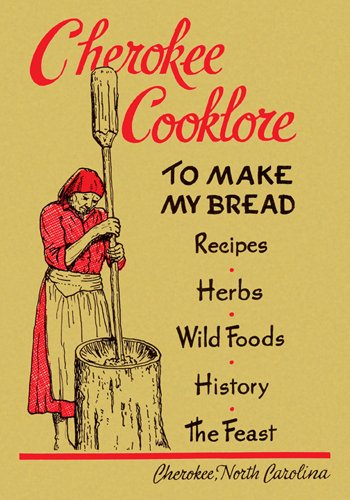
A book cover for Cherokee Cooklore: Preparing Cherokee Foods (Reprint Edition); Cookbooks, Food & Wine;